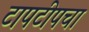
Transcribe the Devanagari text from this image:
टापटीपचा